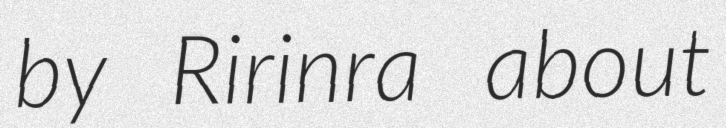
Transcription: by Ririnra about